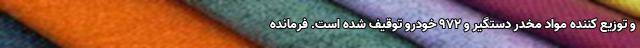
و توزیع کننده مواد مخدر دستگیر و ۹۷۲ خودرو توقیف شده است. فرمانده